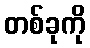
တစ်ခုကို